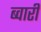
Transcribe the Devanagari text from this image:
ब्वारी